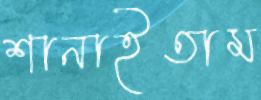
শানাইতাম